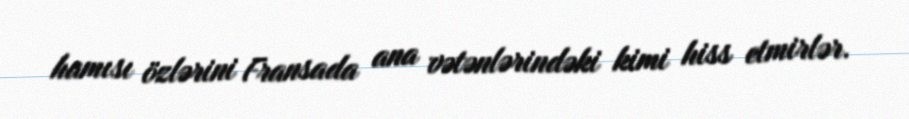
hamısı özlərini Fransada ana vətənlərindəki kimi hiss etmirlər.